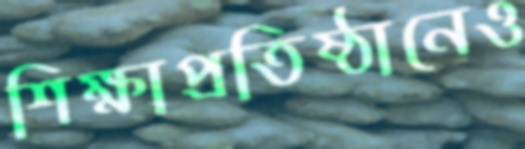
শিক্ষাপ্রতিষ্ঠানেও